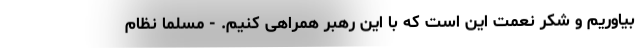
بیاوریم و شکر نعمت این است که با این رهبر همراهی کنیم. - مسلما نظام